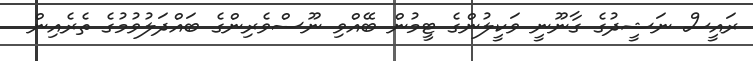
ރައީސް ނަޝީދުގެ ގާނޫނީ ވަކީލުންގެ ޓީމުން ބޭއްވި ނޫސްވެރިންގެ ބައްދަލުވުމުގެ ތެރެއިން